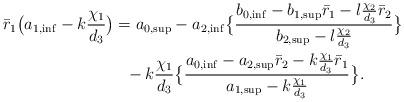
LaTeX: \begin{align*} \bar r_1\big(a_{1,\inf}-k\frac{\chi_1}{d_3}\big) & = a_{0,\sup}-a_{2,\inf}\big\{\frac{ b_{0,\inf}-b_{1,\sup}\bar r_1-l\frac{\chi_2}{d_3}\bar r_2}{b_{2,\sup}-l\frac{\chi_2}{d_3}}\big\} \\ & \,\,\,\, -k\frac{\chi_1}{d_3}\big\{\frac{ a_{0,\inf}-a_{2,\sup}\bar r_2-k\frac{\chi_1}{d_3}\bar r_1}{a_{1,\sup}-k\frac{\chi_1}{d_3}}\big\}.\end{align*}